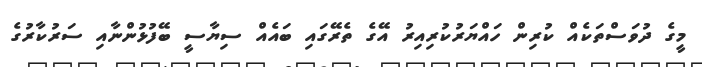
މީގެ ދުވަސްތަކެއް ކުރިން ހައްޔަރުކުރިއިރު އޭގެ ތެރޭގައި ބައެއް ސިޔާސީ ބޭފުޅުންނާއި ސަރުކާރުގެ